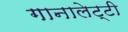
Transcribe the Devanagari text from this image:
गानालेट्टी